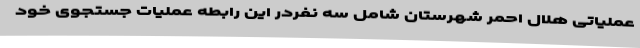
عملیاتی هلال احمر شهرستان شامل سه نفردر این رابطه عملیات جستجوی خود